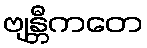
ဗျန္တီကတေ